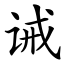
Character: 诫